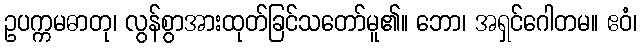
ဥပက္ကမဓာတု၊ လွန်စွာအားထုတ်ခြင်သတော်မူ၏။ ဘော၊ အရှင်ဂေါတမ။ ဧဝံ၊